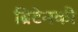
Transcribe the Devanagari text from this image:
ब्रिटेनकी